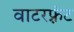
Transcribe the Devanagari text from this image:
वाटरफ़्रंट